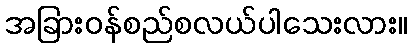
အခြားဝန်စည်စလယ်ပါသေးလား။